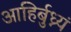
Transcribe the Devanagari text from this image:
आहिर्बुध्न्यं